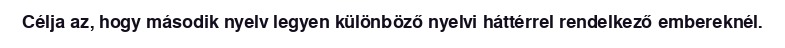
Célja az, hogy második nyelv legyen különböző nyelvi háttérrel rendelkező embereknél.